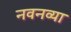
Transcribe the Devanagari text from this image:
नवनव्‍या